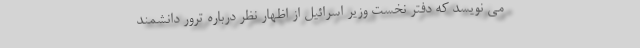
می نویسد که دفتر نخست وزیر اسرائیل از اظهار نظر درباره ترور دانشمند